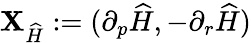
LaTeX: {\mathbf{X}}_{\widehat{H}}:=(\partial_{p}\widehat{H},-\partial_{r}\widehat{H})